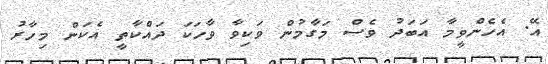
އޭ. އެހެންވީމާ އަބަދު ވެސް މަގާމުން ވަކިވާ ވާހަކަ ދައްކާތީ އެކަން މިހާރު